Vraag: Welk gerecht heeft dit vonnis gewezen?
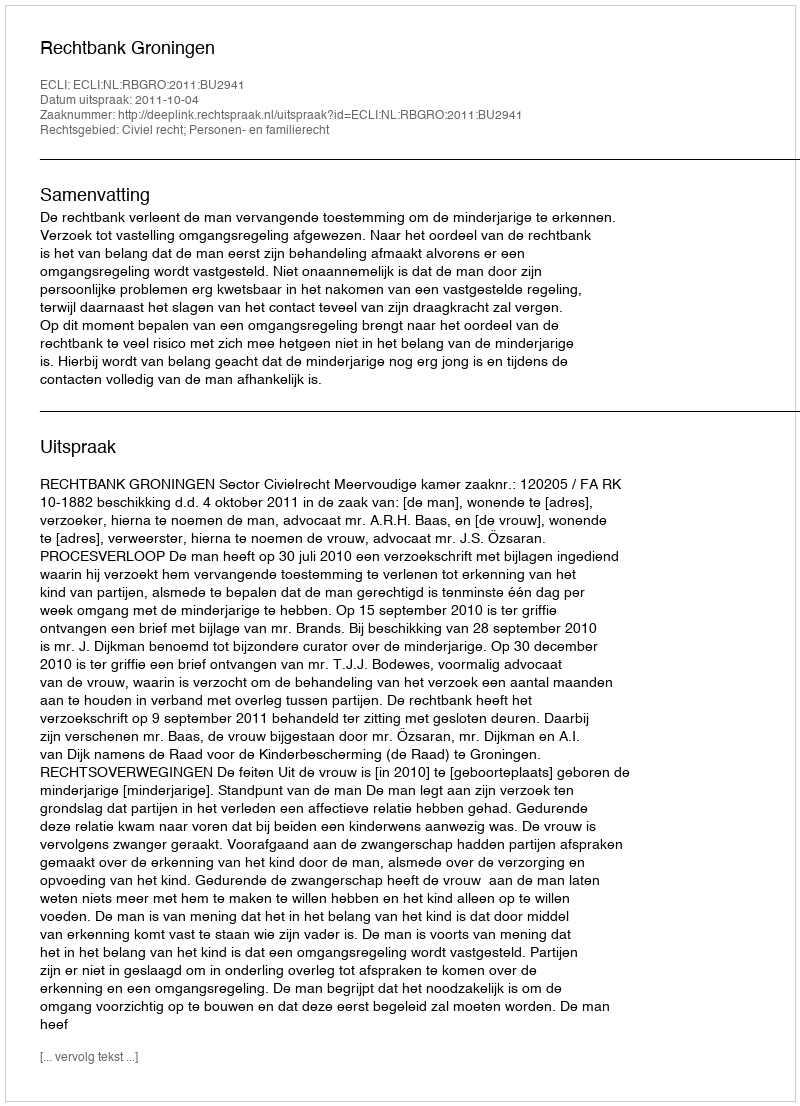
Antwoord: Rechtbank Groningen